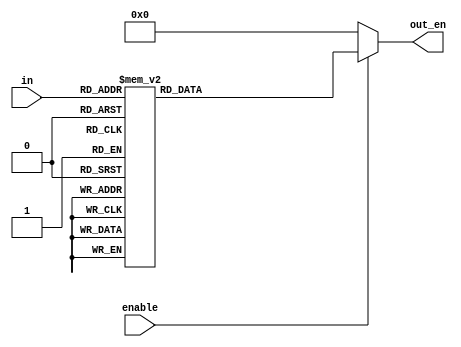
module position_decoder(input[3:0] in, input enable,output wire [15:0] out_en);
 reg[15:0] temp1;
 assign out_en = (enable==1'b1)?temp1:16'd0;
 always @(*)
 begin
 case(in)
 4'd0: temp1 <= 16'b00000000000000001;
 4'd1: temp1 <= 16'b00000000000000010;
 4'd2: temp1 <= 16'b00000000000000100;
 4'd3: temp1 <= 16'b00000000000001000;
 4'd4: temp1 <= 16'b00000000000010000;
 4'd5: temp1 <= 16'b00000000000100000;
 4'd6: temp1 <= 16'b00000000001000000;
 4'd7: temp1 <= 16'b00000000010000000;
 4'd8: temp1 <= 16'b00000000100000000;
 4'd9: temp1 <= 16'b00000001000000000;
 4'd10: temp1 <= 16'b00000100000000000;
 4'd11: temp1 <= 16'b00001000000000000;
 4'd12: temp1 <= 16'b00010000000000000;
 4'd13: temp1 <= 16'b00100000000000000;
 4'd14: temp1 <= 16'b01000000000000000;
 4'd15: temp1 <= 16'b10000000000000001;
 default: temp1 <= 16'b00000000000000001;
 endcase
end
endmodule